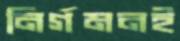
নির্গমনই